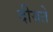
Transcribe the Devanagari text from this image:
दीयते